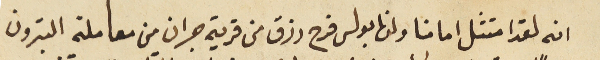
انه لقد امتثل امامنا ولدنا بولس فرح رزق من قرية جران من معاملة البترون